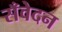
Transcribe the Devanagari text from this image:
सँवेदन